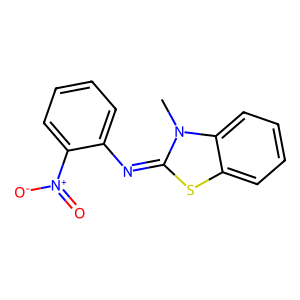
SMILES: Cn1c(=Nc2ccccc2[N+](=O)[O-])sc2ccccc21
Inhibits HIV replication: No